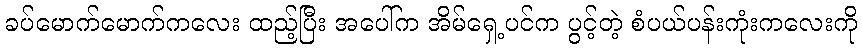
ခပ်မောက်မောက်ကလေး ထည့်ပြီး အပေါ်က အိမ်ရှေ့ပင်က ပွင့်တဲ့ စံပယ်ပန်းကုံးကလေးကို